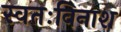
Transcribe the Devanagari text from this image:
स्वतःविनाश